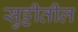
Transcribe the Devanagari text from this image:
सुट्टीतील